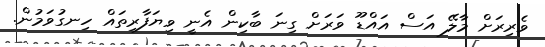
ވެރިރަށް މާލޭ އަސް އައްޑޫ ވަރަށް ގިނަ ބާކިން އެނީ ވިޔަފާރިތައް ހިނގުވަމުން.